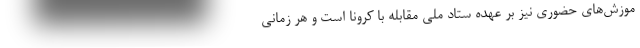
موزش‌های حضوری نیز بر عهده ستاد ملی مقابله با کرونا است و هر زمانی